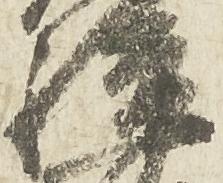
駿